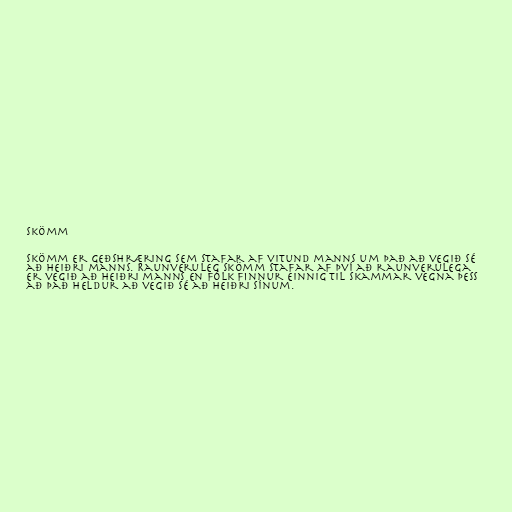
Skömm

Skömm er geðshræring sem stafar af vitund manns um það að vegið sé
að heiðri manns. Raunveruleg skömm stafar af því að raunverulega
er vegið að heiðri manns en fólk finnur einnig til skammar vegna þess
að það heldur að vegið sé að heiðri sínum.